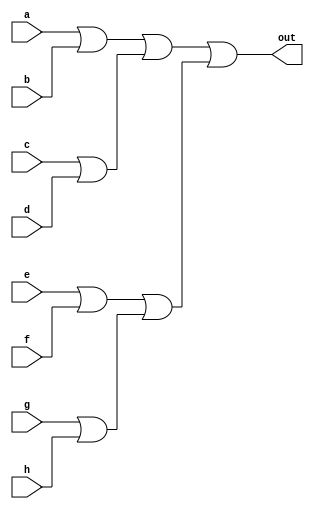
/* mdulo Or8Way */

`ifndef _Or8Way_
`define _Or8Way_

module Or8Way(out, a, b, c, d, e, f, g, h);
    input a,b,c,d,e,f,g,h;
    output out;

    wire orAB, orCD, orEF, orGH, orAB_CD, orEF_GH;
    or or0(orAB, a, b);
    or or1(orCD, c, d);
    or or2(orEF, e, f);
    or or3(orGH, g, h);
    or or4(orAB_CD, orAB, orCD);
    or or5(orEF_GH, orEF, orGH);
    or or6(out, orAB_CD, orEF_GH);

    // Descrio de conexes internas do mdulo

endmodule

`endif